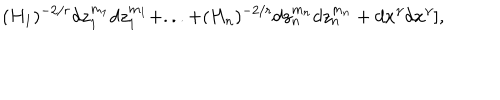
LaTeX: ( H _ { 1 } ) ^ { - 2 / r } d z _ { 1 } ^ { m _ { 1 } } d z _ { 1 } ^ { m _ { 1 } } + . . . + ( H _ { n } ) ^ { - 2 / r } d z _ { n } ^ { m _ { n } } d z _ { n } ^ { m _ { n } } + d x ^ { \gamma } d x ^ { \gamma } ] ,